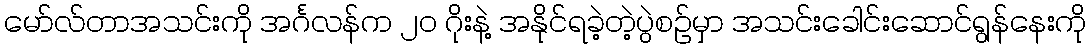
မော်လ်တာအသင်းကို အင်္ဂလန်က ၂၀ ဂိုးနဲ့ အနိုင်ရခဲ့တဲ့ပွဲစဉ်မှာ အသင်းခေါင်းဆောင်ရွန်နေးကို